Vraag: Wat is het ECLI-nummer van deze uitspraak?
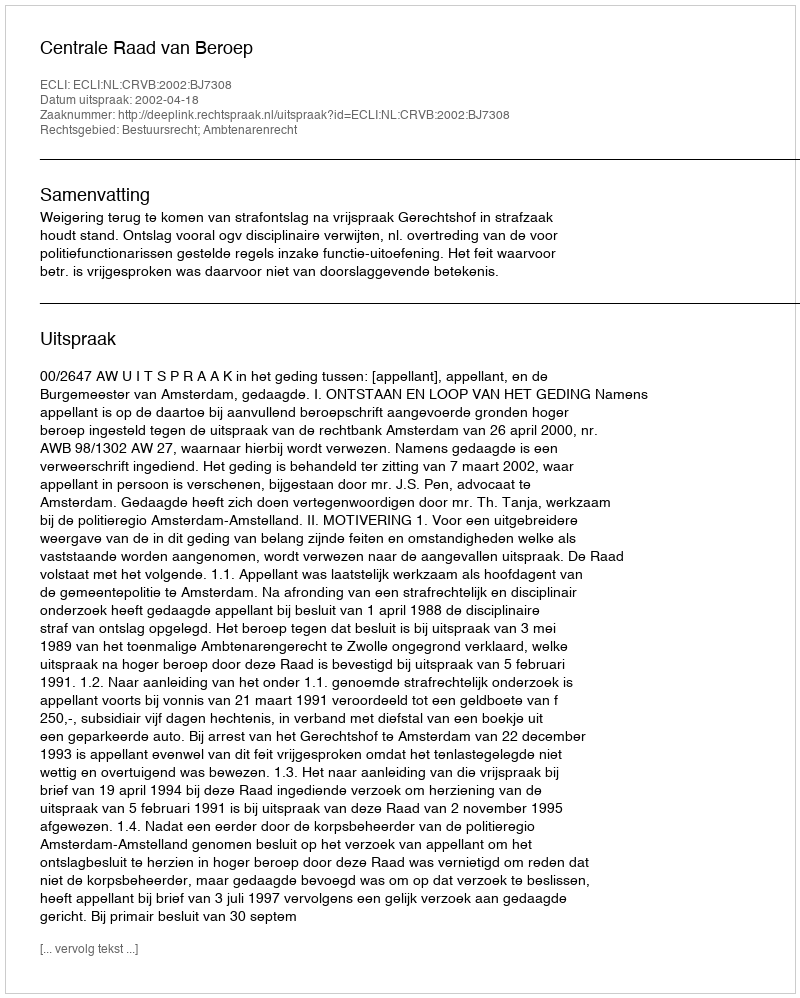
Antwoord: ECLI:NL:CRVB:2002:BJ7308